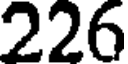
226